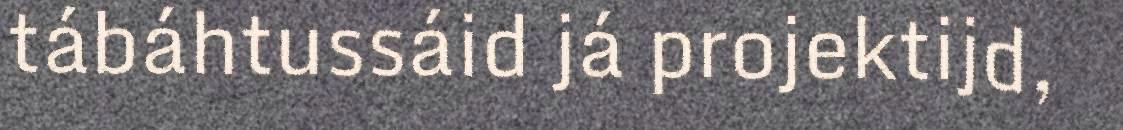
tábáhtussáid já projektijd,